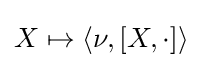
X\mapsto \langle \nu ,[X,\cdot ]\rangle